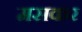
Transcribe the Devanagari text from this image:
मसकर